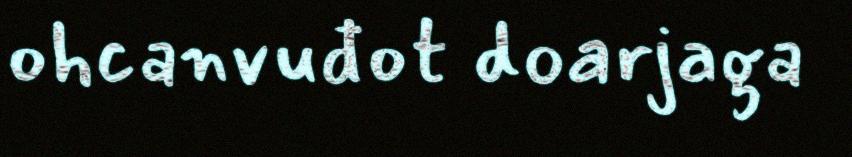
ohcanvuđot doarjaga